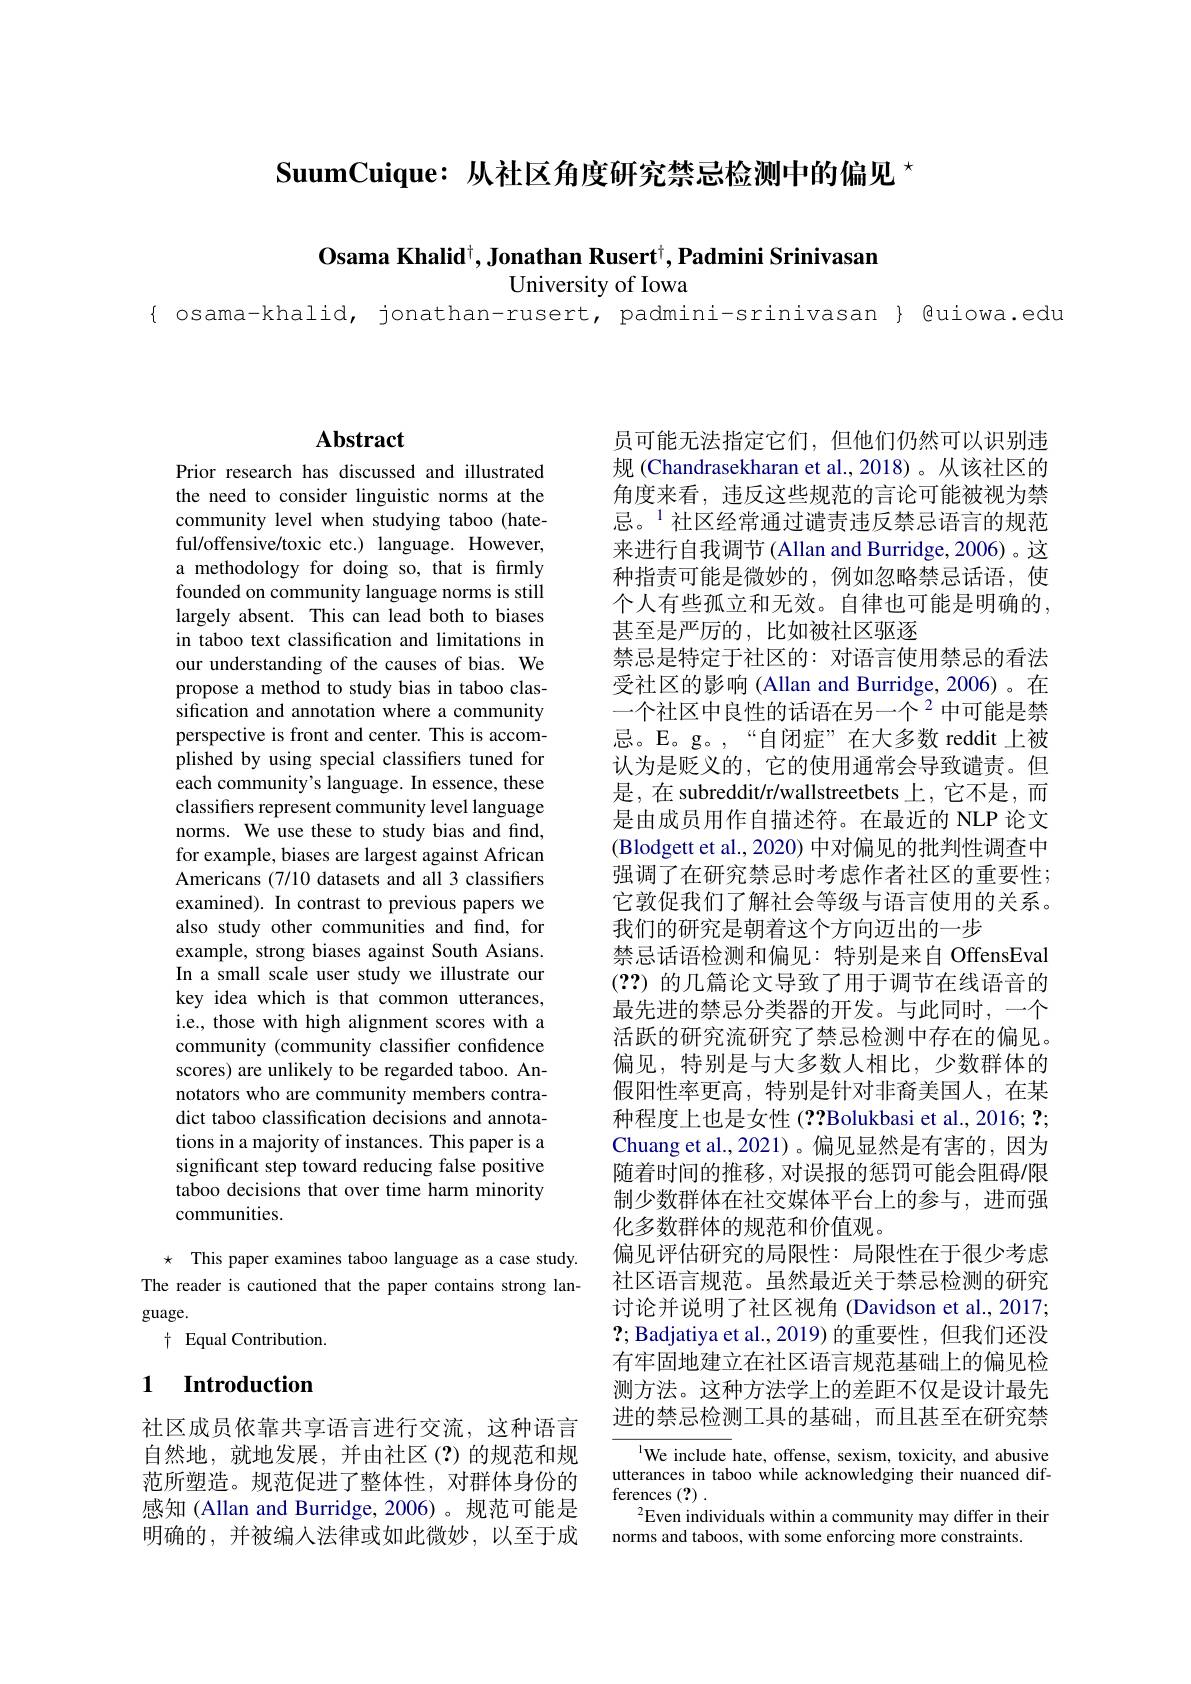
$\textbf{SuumCuique:从社区角度研究禁忌检测中的偏见 }^{\star}$

$\mathbf{O} \text{sama Khalid}^{\dagger }, \textbf{Jonathan Rusert}^{\dagger }, \textbf{Padmini Srinivasan}$

University of Iowa

{ osama-khalid, jonathan-rusert, padmini-srinivasan } Quiowa.edu

## $\mathbf{Abstract}$

Prior research has discussed and illustrated the need to consider linguistic norms at the community level when studying taboo (hateful/offensive/toxic etc.) language. However, a methodology for doing so, that is firmly founded on community language norms is still largely absent. This can lead both to biases in taboo text classification and limitations in our understanding of the causes of bias. We propose a method to study bias in taboo classification and annotation where a community perspective is front and center. This is accomplished by using special classifiers tuned for each community's language. In essence, these classifiers represent community level language norms. We use these to study bias and find, for example, biases are largest against African Americans (7/10 datasets and all 3 classifiers examined). In contrast to previous papers we also study other communities and find, for example, strong biases against South Asians. In a small scale user study we illustrate our key idea which is that common utterances, i.e., those with high alignment scores with a community (community classifier confidence scores) are unlikely to be regarded taboo. Annotators who are community members contradict taboo classification decisions and annotations in a majority of instances. This paper is a significant step toward reducing false positive taboo decisions that over time harm minority communities.

$\star$ This paper examines taboo language as a case study. The reader is cautioned that the paper contains strong language.
$\dagger$ Equal Contribution.

### 1 $\textbf{Introduction}$

社区成员依靠共享语言进行交流，这种语言自然地，就地发展，并由社区(?)的规范和规范所塑造。规范促进了整体性，对群体身份的感知 (Allan and Burridge,2006)。规范可能是明确的，并被编入法律或如此微妙，以至于成

员可能无法指定它们，但他们仍然可以识别违规 (Chandrasekharan et al.,2018)。从该社区的角度来看，违反这些规范的言论可能被视为禁忌。$^{1}$社区经常通过谴责违反禁忌语言的规范来进行自我调节 (Allan and Burridge, 2006) 。这种指责可能是微妙的，例如忽略禁忌话语，使个人有些孤立和无效。自律也可能是明确的， 甚至是严厉的，比如被社区驱逐
禁忌是特定于社区的：对语言使用禁忌的看法受社区的影响(Allan and Burridge,2006)。在一个社区中良性的话语在另一个$^{2}$中可能是禁忌。E。g。,“自闭症”在大多数 reddit 上被认为是贬义的，它的使用通常会导致谴责。但是，在 subreddit/r/wallstreetbets 上，它不是，而是由成员用作自描述符。在最近的 NLP 论文(Blodgett et al., 2020) 中对偏见的批判性调查中强调了在研究禁忌时考虑作者社区的重要性； 它敦促我们了解社会等级与语言使用的关系。我们的研究是朝着这个方向迈出的一步
禁忌话语检测和偏见：特别是来自 OffensEval (??)的几篇论文导致了用于调节在线语音的最先进的禁忌分类器的开发。与此同时，一个活跃的研究流研究了禁忌检测中存在的偏见。偏见，特别是与大多数人相比，少数群体的假阳性率更高，特别是针对非裔美国人，在某种程度上也是女性 (??Bolukbasi et al., 2016; ?; Chuang et al.,2021)。偏见显然是有害的，因为随着时间的推移，对误报的惩罚可能会阻碍/限制少数群体在社交媒体平台上的参与，进而强化多数群体的规范和价值观。
偏见评估研究的局限性：局限性在于很少考虑社区语言规范。虽然最近关于禁忌检测的研究讨论并说明了社区视角 (Davidson et al., 2017; $\mathbf{?};$ Badjatiya et al., 2019)的重要性，但我们还没有牢固地建立在社区语言规范基础上的偏见检测方法。这种方法学上的差距不仅是设计最先进的禁忌检测工具的基础，而且甚至在研究禁
$^{\text{l}}$We include hate, offense, sexism, toxicity, and abusive

utterances in taboo while acknowledging their nuanced dif-
ferences (?) .
$^2$Even individuals within a community may differ in their
norms and taboos, with some enforcing more constraints.